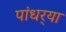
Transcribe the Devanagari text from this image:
पांधर्‍या